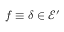
f \equiv \delta \in { \mathcal { E } } ^ { \prime }